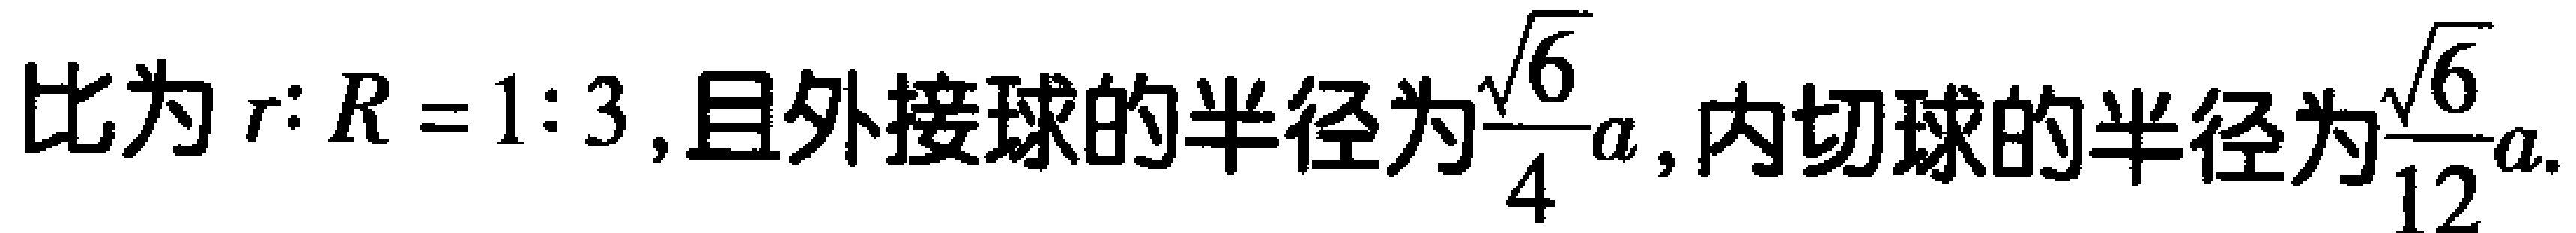
比为$r:R = 1:3$,且外接球的半径为$\frac{\sqrt{6}}{4}a$,内切球的半径为$\frac{\sqrt{6}}{12}a$.